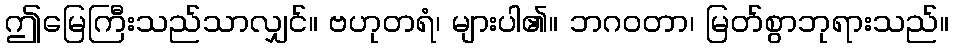
ဤမြေကြီးသည်သာလျှင်။ ဗဟုတရံ၊ များပါ၏။ ဘဂဝတာ၊ မြတ်စွာဘုရားသည်။